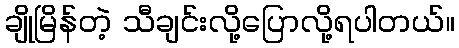
ချိုမြိန်တဲ့ သီချင်းလို့ပြောလို့ရပါတယ်။